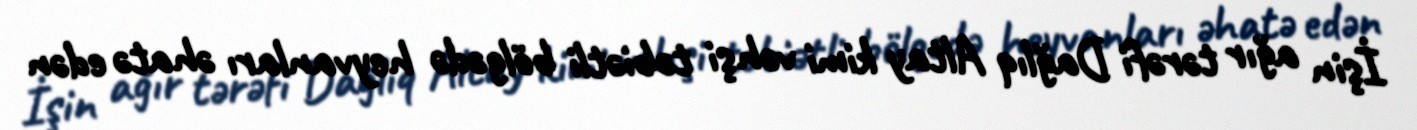
İşin ağır tərəfi Dağlıq Altay kimi vəhşi təbiətli bölgədə heyvanları əhatə edən